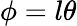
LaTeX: \phi=l\theta